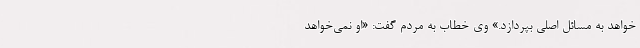
‌خواهد به مسائل اصلی بپردازد.» وی خطاب به مردم گفت: «او نمی‌خواهد